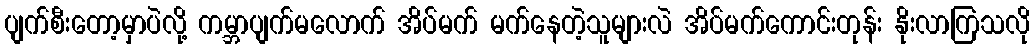
ပျက်စီးတော့မှာပဲလို့ ကမ္ဘာပျက်မလောက် အိပ်မက် မက်နေတဲ့သူများလဲ အိပ်မက်ကောင်းတုန်း နိုးလာကြသလို